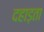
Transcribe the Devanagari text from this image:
दहाड़ता